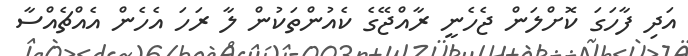
އަދި ފާހަގަ ކޮށްލަން ޖެހެނީ ރާއްޖޭގެ ކެއުންތަކުން ލާ ރަހަ އެހެން އެއްޗެއްސާ